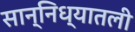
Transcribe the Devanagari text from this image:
सान्निध्यातली